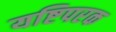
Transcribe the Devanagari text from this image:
यष्टिपरक